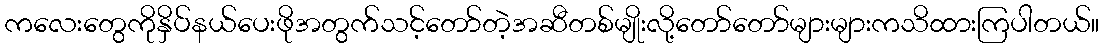
ကလေးတွေကိုနှိပ်နယ်ပေးဖိုအတွက်သင့်တော်တဲ့အဆီတစ်မျိုးလို့တော်တော်များများကသိထားကြပါတယ်။